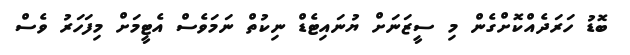
ބޮޑު ހަރަދެއްކޮށްގެން މި ސީޒަނަށް ޔުނައިޓެޑް ނިކުތް ނަމަވެސް އެޓީމަށް މިފަހަރު ވެސް